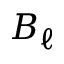
B _ { \ell }